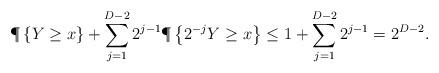
LaTeX: \begin{align*} \P\left\{ Y \geq x \right\} + \sum_{j=1}^{D-2} 2^{j-1}\P\left\{ 2^{-j} Y \geq x\right\} &\leq 1 + \sum_{j=1}^{D-2} 2^{j-1} = 2^{D-2}.\end{align*}